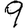
Digit: 9